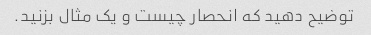
توضیح دهید که انحصار چیست و یک مثال بزنید.